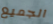
الجميع